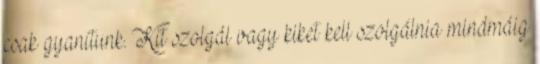
csak gyanítunk. Kit szolgál vagy kiket kell szolgálnia mindmáig